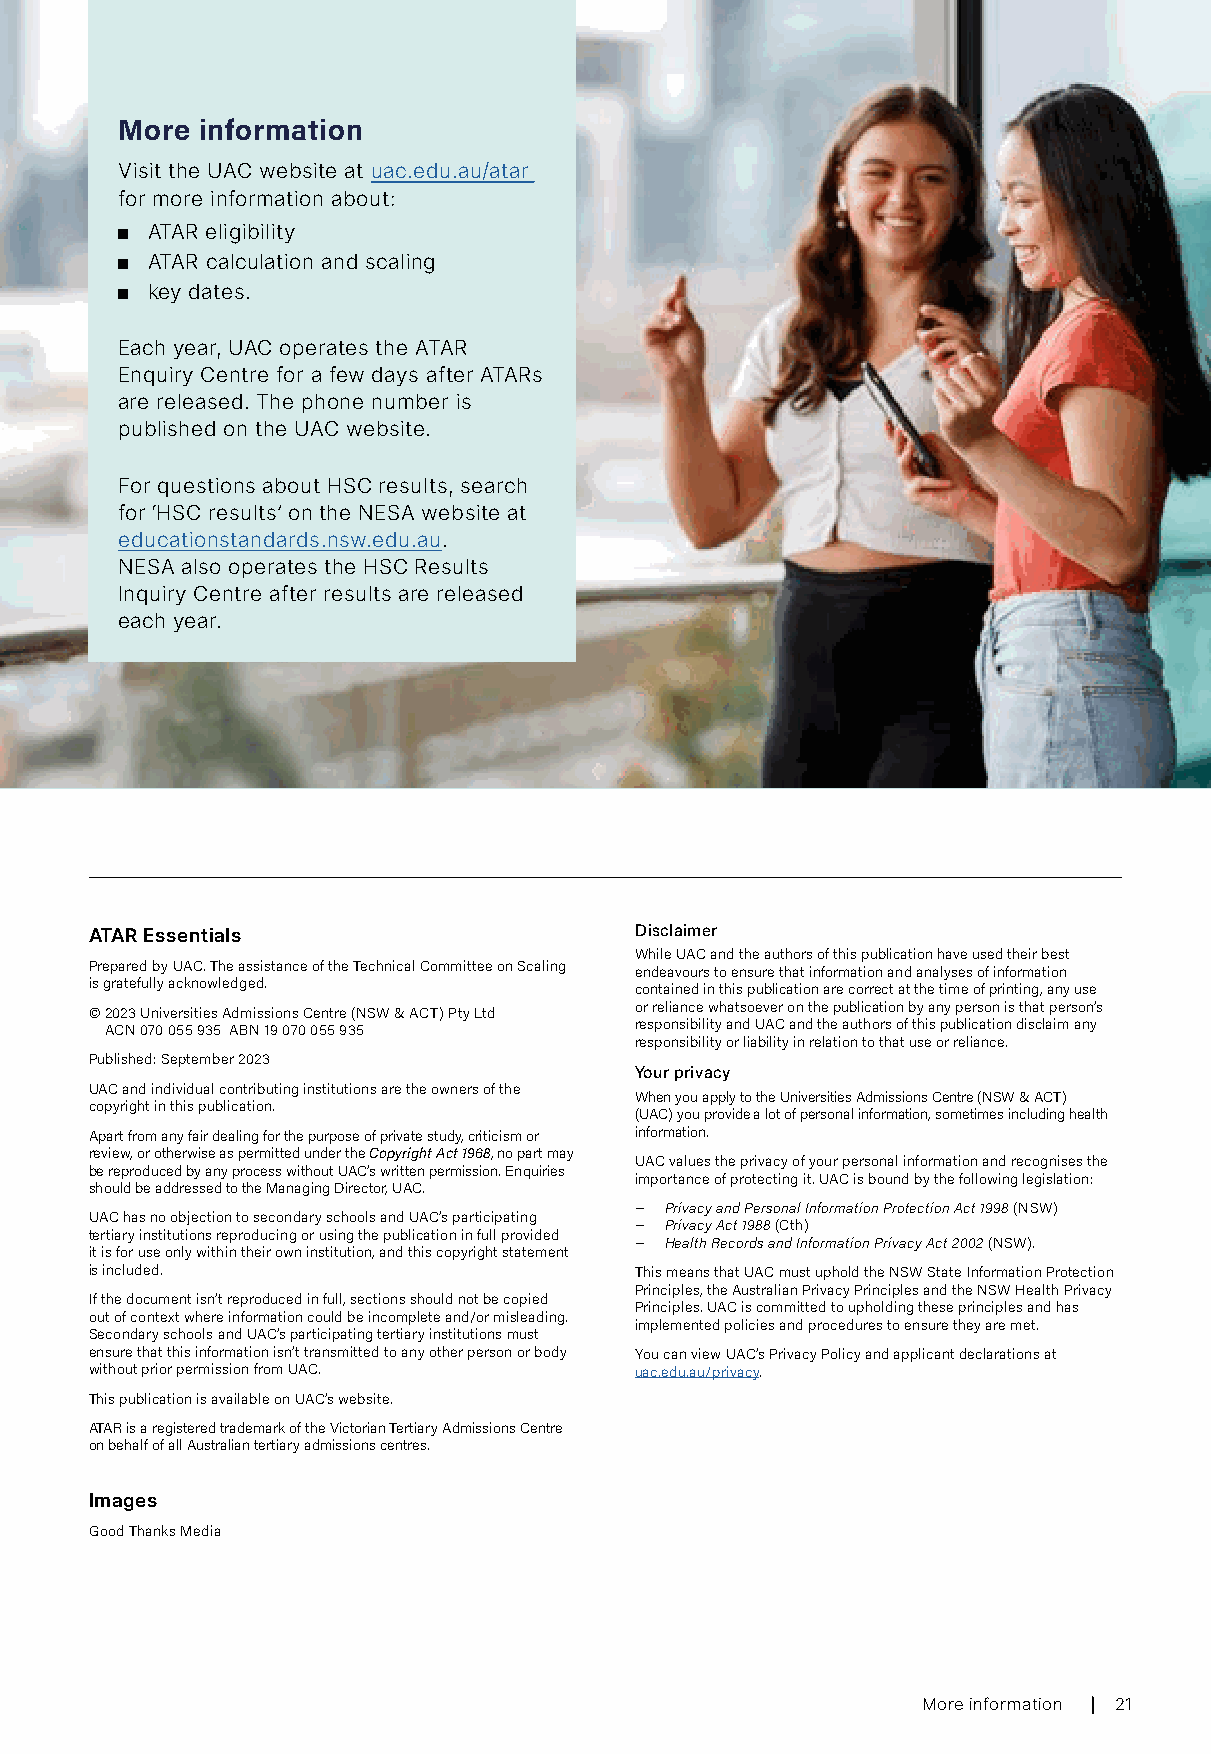
More information
 Visit the UAC website at uac.edu.au/atar
 for more information about:
 ■ ATAR eligibility
 ■ ATAR calculation and scaling
 ■ key dates.
 Each year, UAC operates the ATAR
 Enquiry Centre for a few days after ATARs
 are released. The phone number is
 published on the UAC website.
 For questions about HSC results, search
 for ‘HSC results’ on the NESA website at
 educationstandards.nsw.edu.au.
 NESA also operates the HSC Results
 Inquiry Centre after results are released
 each year.
 ATAR Essentials                     Disclaimer
 While UAC and the authors of this publication have used their best
 Prepared by UAC. The assistance of the Technical Committee on Scaling endeavours to ensure that information and analyses of information
 is gratefully acknowledged.         contained in this publication are correct at the time of printing, any use
 © 2023 Universities Admissions Centre (NSW & ACT) Pty Ltd or reliance whatsoever on the publication by any person is that person’s
 ACN 070 055 935 ABN 19 070 055 935 responsibility and UAC and the authors of this publication disclaim any
 responsibility or liability in relation to that use or reliance.
 Published: September 2023
 Your privacy
 UAC and individual contributing institutions are the owners of the
 When you apply to the Universities Admissions Centre (NSW & ACT)
 copyright in this publication.
 (UAC) you provide a lot of personal information, sometimes including health
 Apart from any fair dealing for the purpose of private study, criticism or information.
 review, or otherwise as permitted under the Copyright Act 1968, no part may
 UAC values the privacy of your personal information and recognises the
 be reproduced by any process without UAC’s written permission. Enquiries
 importance of protecting it. UAC is bound by the following legislation:
 should be addressed to the Managing Director, UAC.
 − Privacy and Personal Information Protection Act 1998 (NSW)
 UAC has no objection to secondary schools and UAC’s participating
 − Privacy Act 1988 (Cth)
 tertiary institutions reproducing or using the publication in full provided
 − Health Records and Information Privacy Act 2002 (NSW).
 it is for use only within their own institution, and this copyright statement
 is included.                        This means that UAC must uphold the NSW State Information Protection
 Principles, the Australian Privacy Principles and the NSW Health Privacy
 If the document isn’t reproduced in full, sections should not be copied
 Principles. UAC is committed to upholding these principles and has
 out of context where information could be incomplete and/or misleading.
 implemented policies and procedures to ensure they are met.
 Secondary schools and UAC’s participating tertiary institutions must
 ensure that this information isn’t transmitted to any other person or body You can view UAC’s Privacy Policy and applicant declarations at
 without prior permission from UAC.  uac.edu.au/privacy.
 This publication is available on UAC’s website.
 ATAR is a registered trademark of the Victorian Tertiary Admissions Centre
 on behalf of all Australian tertiary admissions centres.
 Images
 Good Thanks Media
 More information 21